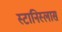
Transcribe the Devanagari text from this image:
स्टानिस्लास